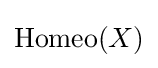
{\text{Homeo}}(X)